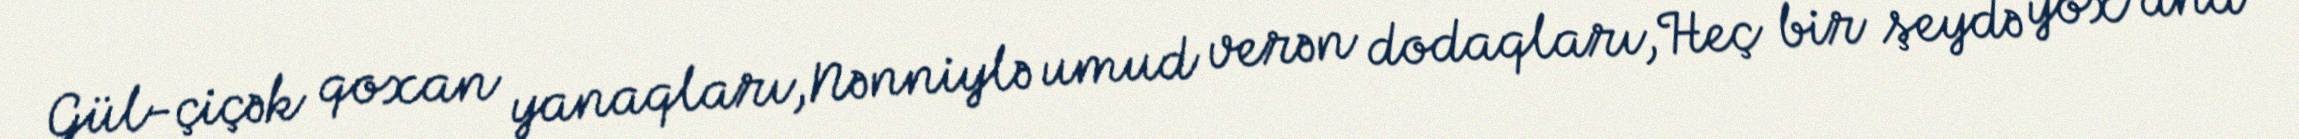
Gül-çiçək qoxan yanaqları,Nənniylə umud verən dodaqları,Heç bir şeydə yox ana